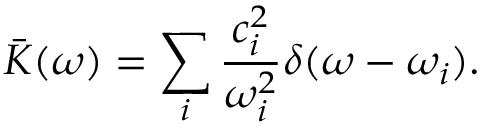
\bar { K } ( \omega ) = \sum _ { i } \frac { c _ { i } ^ { 2 } } { \omega _ { i } ^ { 2 } } \delta ( \omega - \omega _ { i } ) .